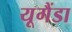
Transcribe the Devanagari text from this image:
यूगैंडा